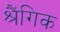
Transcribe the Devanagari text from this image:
श्रैंगिक